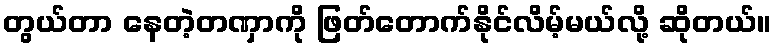
တွယ်တာ နေတဲ့တဏှာကို ဖြတ်တောက်နိုင်လိမ့်မယ်လို့ ဆိုတယ်။